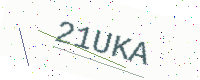
Text: 21UKA